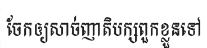
ចែកឲ្យសាច់ញាតិបក្សពួកខ្លួនទៅ